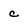
Character: c